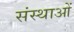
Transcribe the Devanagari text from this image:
संस्थाआें